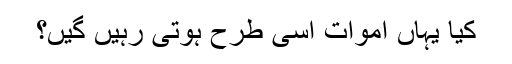
کیا یہاں اموات اسی طرح ہوتی رہیں گیں؟